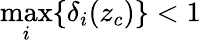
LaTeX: \operatorname*{max}_{i}\{ \delta_{i}(z_{c})\} <1